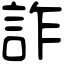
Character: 詐